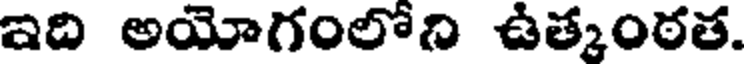
ఇది అయోగంలోది ఉత్కంఠత.